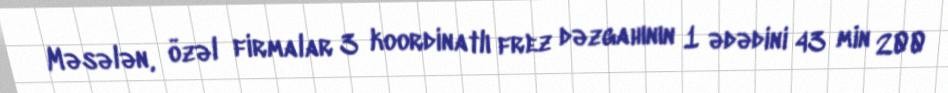
Məsələn, özəl firmalar 3 koordinatlı frez dəzgahının 1 ədədini 43 min 200